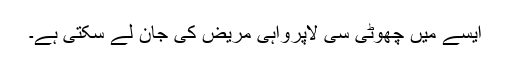
ایسے میں چھوٹِی سی لاپرواہی مریض کی جان لے سکتی ہے۔